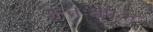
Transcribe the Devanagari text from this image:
अन्तःक्षेपक